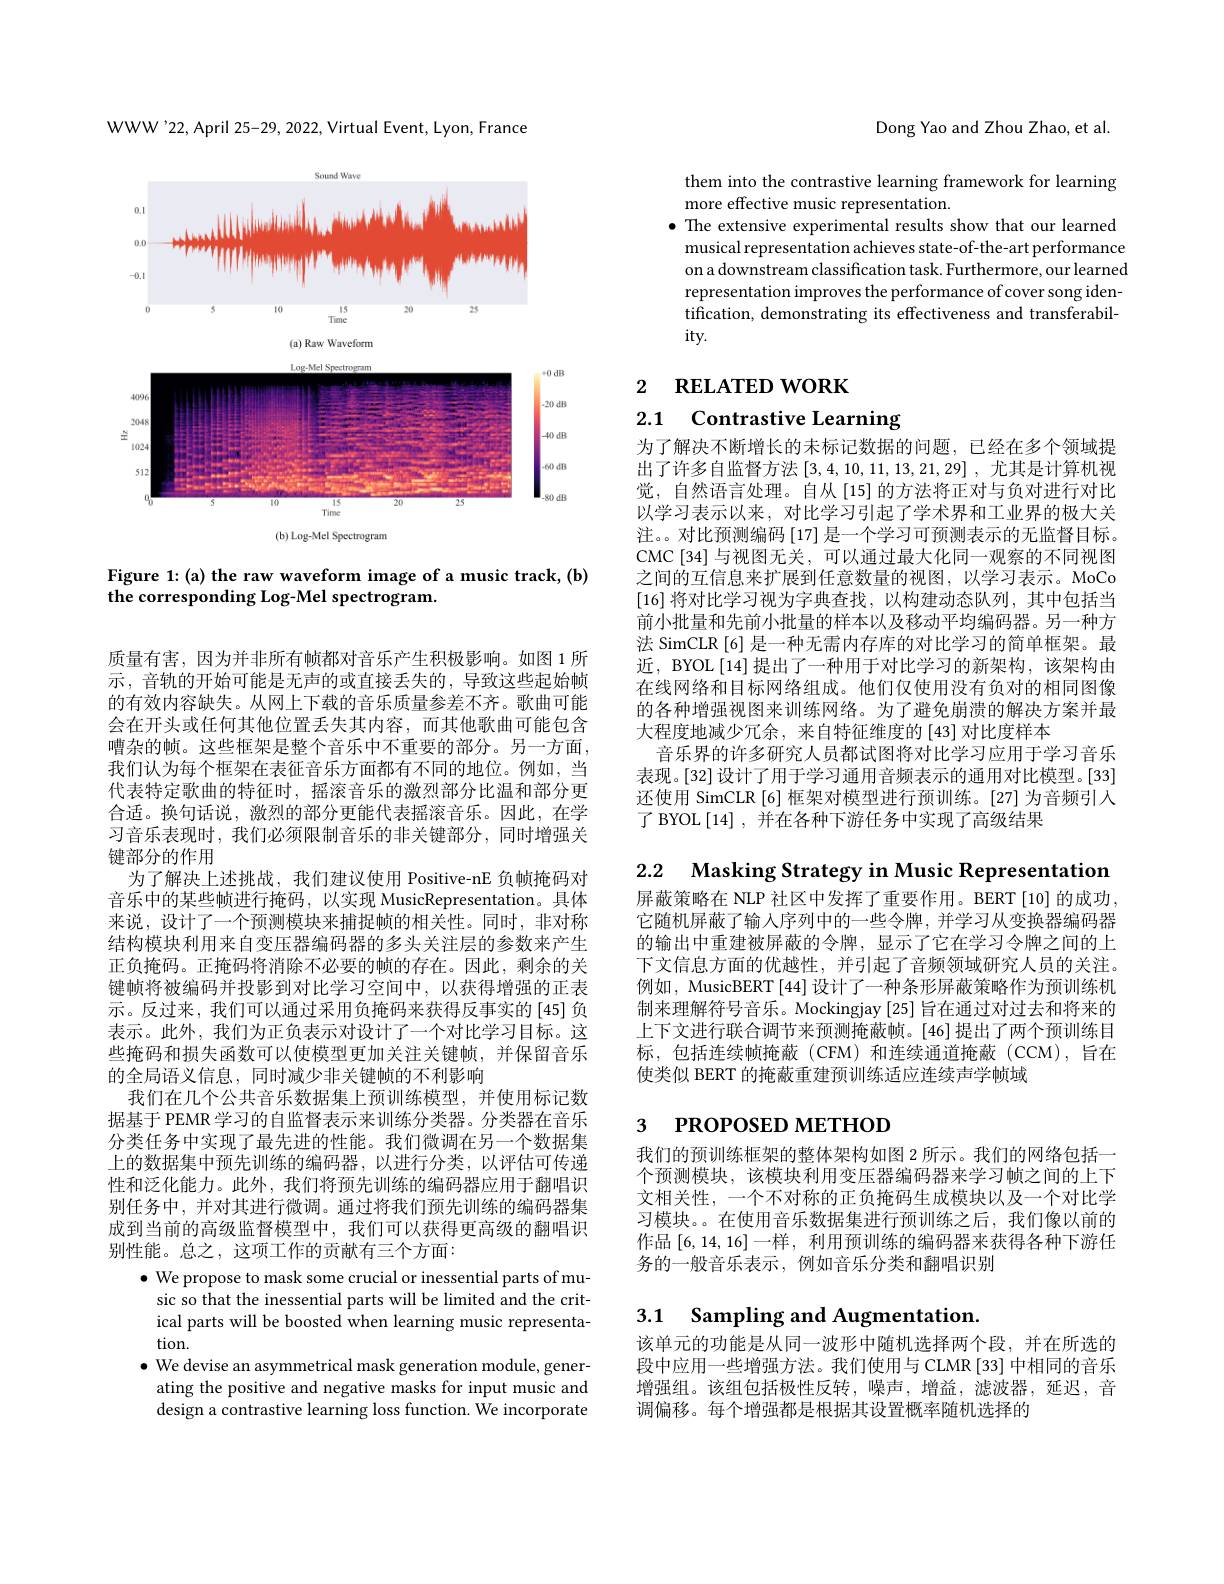
WWW'22,April 25-29, 2022, Virtual Event, Lyon, France

<FigureHere>

Figure 1:(a) the raw waveform image of a music track, (b)
the corresponding Log-Mel spectrogram.

质量有害，因为并非所有帧都对音乐产生积极影响。如图 1 所示 , 音轨的开始可能是无声的或直接丢失的，导致这些起始帧的有效内容缺失。从网上下载的音乐质量参差不齐。歌曲可能会在开头或任何其他位置丢失其内容，而其他歌曲可能包含嘈杂的帧。这些框架是整个音乐中不重要的部分。另一方面， 我们认为每个框架在表征音乐方面都有不同的地位。例如，当代表特定歌曲的特征时，摇滚音乐的激烈部分比温和部分更合适。换句话说，激烈的部分更能代表摇滚音乐。因此，在学习音乐表现时，我们必须限制音乐的非关键部分，同时增强关键部分的作用
为了解决上述挑战，我们建议使用 Positive-nE 负帧掩码对音乐中的某些帧进行掩码，以实现 MusicRepresentation。具体来说，设计了一个预测模块来捕捉帧的相关性。同时，非对称结构模块利用来自变压器编码器的多头关注层的参数来产生正负掩码。正掩码将消除不必要的帧的存在。因此，剩余的关键帧将被编码并投影到对比学习空间中，以获得增强的正表示。反过来，我们可以通过采用负掩码来获得反事实的[45]负表示。此外，我们为正负表示对设计了一个对比学习目标。这些掩码和损失函数可以使模型更加关注关键帧，并保留音乐的全局语义信息，同时减少非关键帧的不利影响
我们在几个公共音乐数据集上预训练模型，并使用标记数据基于 PEMR 学习的自监督表示来训练分类器。分类器在音乐分类任务中实现了最先进的性能。我们微调在另一个数据集上的数据集中预先训练的编码器，以进行分类，以评估可传递性和泛化能力。此外，我们将预先训练的编码器应用于翻唱识别任务中，并对其进行微调。通过将我们预先训练的编码器集成到当前的高级监督模型中，我们可以获得更高级的翻唱识别性能。总之，这项工作的贡献有三个方面：
$\bullet$ We propose to mask some crucial or inessential parts of music so that the inessential parts will be limited and the crit-

ical parts will be boosted when learning music representa-
tion.
$\bullet$ We devise an asymmetrical mask generation module, generating the positive and negative masks for input music and design a contrastive learning loss function. We incorporate

Dong Yao and Zhou Zhao, et al.

them into the contrastive learning framework for learning
more effective music representation.
$\bullet$ The extensive experimental results show that our learned
musical representation achieves state-of-the-art performance on a downstream classification task. Furthermore, our learned representation improves the performance of cover song identification, demonstrating its effectiveness and transferabil- $ity.$

2 RELATED WORK

2.1 Contrastive Learning

为了解决不断增长的未标记数据的问题，已经在多个领域提出了许多自监督方法[3,4,10,11,13,21,29],尤其是计算机视觉，自然语言处理。自从 [15] 的方法将正对与负对进行对比以学习表示以来，对比学习引起了学术界和工业界的极大关注。。对比预测编码 [17] 是一个学习可预测表示的无监督目标。CMC[34]与视图无关，可以通过最大化同一观察的不同视图之间的互信息来扩展到任意数量的视图，以学习表示。MoCo [16]将对比学习视为字典查找，以构建动态队列，其中包括当前小批量和先前小批量的样本以及移动平均编码器。另一种方法 SimCLR [6] 是一种无需内存库的对比学习的简单框架。最近，BYOL[14]提出了一种用于对比学习的新架构，该架构由在线网络和目标网络组成。他们仅使用没有负对的相同图像的各种增强视图来训练网络。为了避免崩溃的解决方案并最大程度地减少冗余，来自特征维度的[43]对比度样本
音乐界的许多研究人员都试图将对比学习应用于学习音乐表现。[32]设计了用于学习通用音频表示的通用对比模型。[33] 还使用 SimCLR [6] 框架对模型进行预训练。[27] 为音频引人了 BYOL[14],并在各种下游任务中实现了高级结果

2.2 Masking Strategy in Music Representation

屏蔽策略在 NLP 社区中发挥了重要作用。BERT[10]的成功它随机屏蔽了输人序列中的一些令牌，并学习从变换器编码器的输出中重建被屏蔽的令牌，显示了它在学习令牌之间的上下文信息方面的优越性，并引起了音频领域研究人员的关注。例如，MusicBERT [44] 设计了一种条形屏蔽策略作为预训练机制来理解符号音乐。Mockingjay [25]旨在通过对过去和将来的上下文进行联合调节来预测掩蔽帧。[46]提出了两个预训练目标，包括连续帧掩蔽(CFM)和连续通道掩蔽(CCM),旨在使类似 BERT 的掩蔽重建预训练适应连续声学帧域

# 3 РROPOSED METHOD

我们的预训练框架的整体架构如图 2 所示。我们的网络包括一个预测模块，该模块利用变压器编码器来学习帧之间的上下文相关性，一个不对称的正负掩码生成模块以及一个对比学习模块。。在使用音乐数据集进行预训练之后，我们像以前的作品[6,14,16]一样，利用预训练的编码器来获得各种下游任务的一般音乐表示，例如音乐分类和翻唱识别

## 3.1 Sampling and Augmentation

该单元的功能是从同一波形中随机选择两个段，并在所选的段中应用一些增强方法。我们使用与 CLMR [33] 中相同的音乐增强组。该组包括极性反转，噪声，增益，滤波器，延迟，音调偏移。每个增强都是根据其设置概率随机选择的